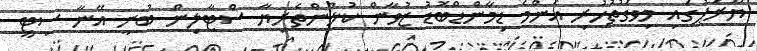
ޔޫރަޕުގައި މިވަގުތުހުރި އެންމެ ޑިމާންޑްބޮޑު ޒުވާން ކުޅުންތެރިޔާ ސްޓާލިން ބުނީ އޭނާ ސިޓީ